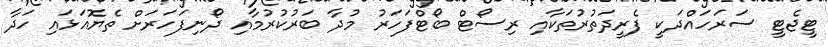
ޓީޖެޓީ ސަރަހައްދަކީ ފެރީދަތުރުތަކާއި ރިސޯޓް ބޯޓްފަހަރު މުދާ ބަރުކުރުމާއި ދޯނިފަހަރަށް ތެޔޮއަަޅައި ހަދާ